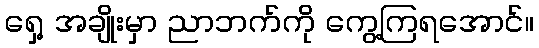
ရှေ့ အချိုးမှာ ညာဘက်ကို ကွေ့ကြရအောင်။